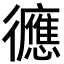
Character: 㣹